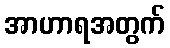
အာဟာရအတွက်